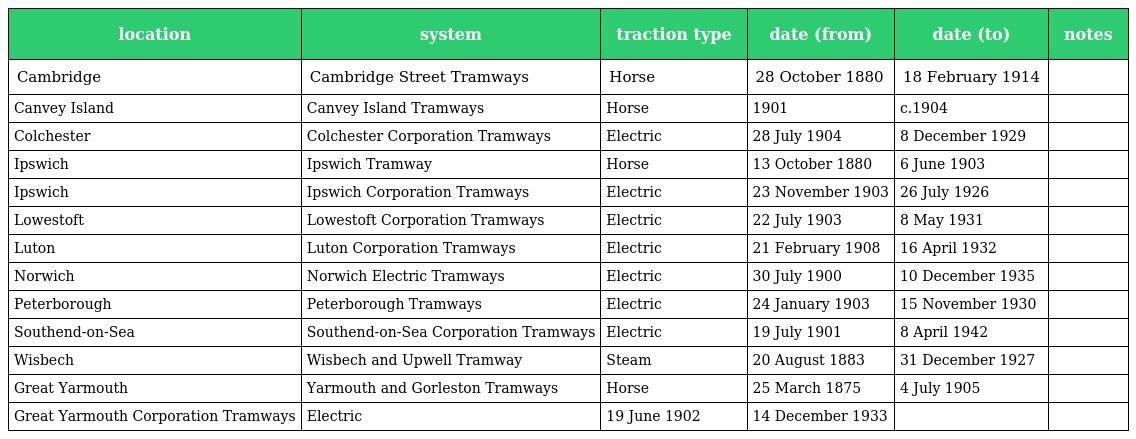
| location | system | traction type | date (from) | date (to) | notes |
 | --- | --- | --- | --- | --- | --- |
 | Cambridge | Cambridge Street Tramways | Horse | 28 October 1880 | 18 February 1914 |  |
 | Canvey Island | Canvey Island Tramways | Horse | 1901 | c.1904 |  |
 | Colchester | Colchester Corporation Tramways | Electric | 28 July 1904 | 8 December 1929 |  |
 | Ipswich | Ipswich Tramway | Horse | 13 October 1880 | 6 June 1903 |  |
 | Ipswich | Ipswich Corporation Tramways | Electric | 23 November 1903 | 26 July 1926 |  |
 | Lowestoft | Lowestoft Corporation Tramways | Electric | 22 July 1903 | 8 May 1931 |  |
 | Luton | Luton Corporation Tramways | Electric | 21 February 1908 | 16 April 1932 |  |
 | Norwich | Norwich Electric Tramways | Electric | 30 July 1900 | 10 December 1935 |  |
 | Peterborough | Peterborough Tramways | Electric | 24 January 1903 | 15 November 1930 |  |
 | Southend-on-Sea | Southend-on-Sea Corporation Tramways | Electric | 19 July 1901 | 8 April 1942 |  |
 | Wisbech | Wisbech and Upwell Tramway | Steam | 20 August 1883 | 31 December 1927 |  |
 | Great Yarmouth | Yarmouth and Gorleston Tramways | Horse | 25 March 1875 | 4 July 1905 |  |
 | Great Yarmouth Corporation Tramways | Electric | 19 June 1902 | 14 December 1933 |  |  |